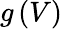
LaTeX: g\left(V\right)